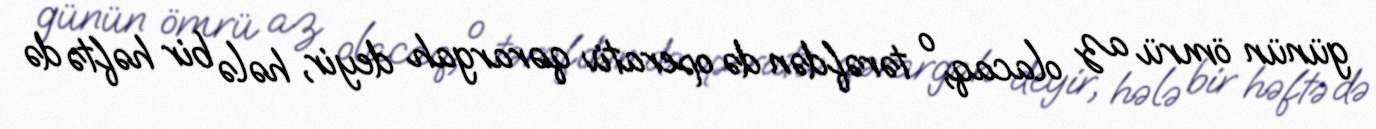
günün ömrü az olacaq, o tərəfdən də operativ qərargah deyir, hələ bir həftə də